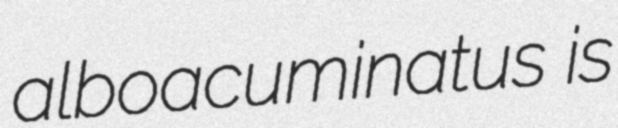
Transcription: alboacuminatus is